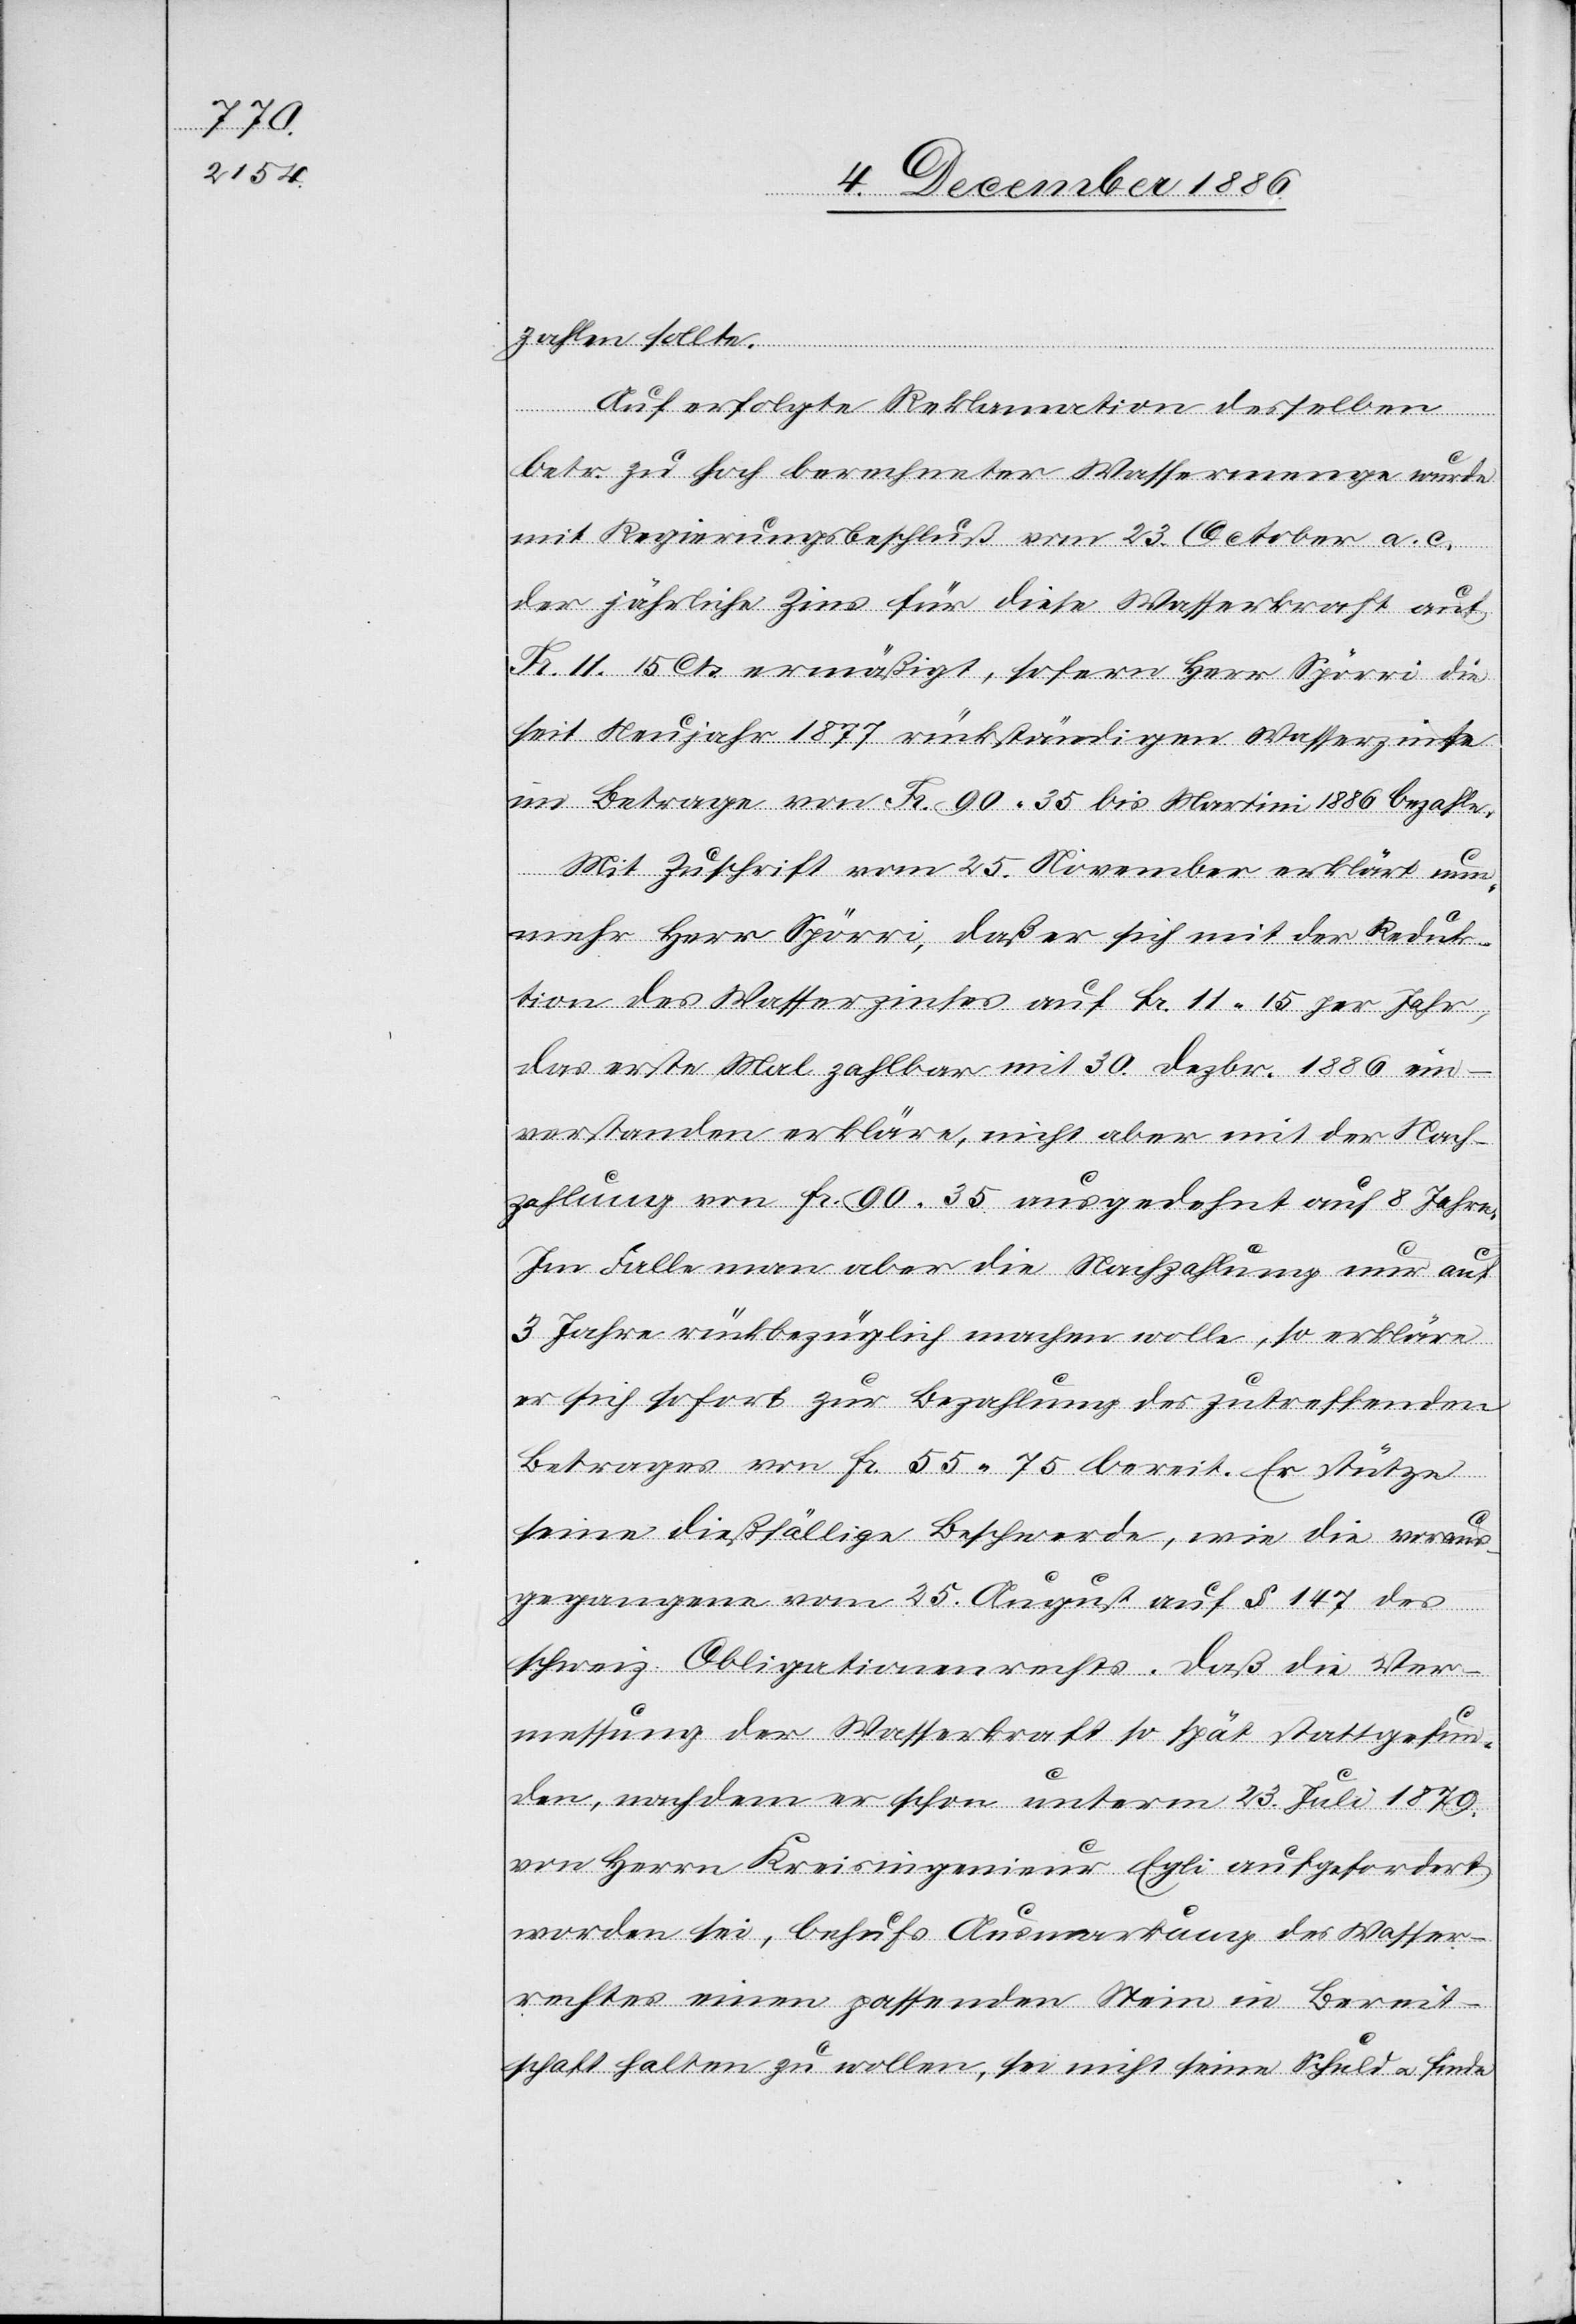
zahlen sollte.
Auf erfolgte Reklamation desselben
betr. zu hoch berechneter Wassermenge wurde
mit Regierungsbeschluß vom 23. October a. c.
der jährliche Zins für diese Wasserkraft auf
Fr. 11.15 Cts. ermäßigt, sofern Herr Spörri die
seit Neujahr 1877 rückständigen Wasserzinse
im Betrage von Fr. 90 35 bis Martini 1886 bezahle.
Mit Zuschrift vom 25. November erklärt nun¬
mehr Herr Spörri, daß er sich mit der Reduk¬
tion des Wasserzinses auf Fr. 11 15 per Jahr,
das erste Mal zahlbar mit 30. Dezbr. 1886 ein¬
verstanden erkläre, nicht aber mit der Nach¬
zahlung von Fr. 90 35 ausgedehnt auf 8 Jahre.
Im Falle man aber die Nachzahlung nur auf
3 Jahre rückbezüglich machen wolle, so erkläre
er sich sofort zur Bezahlung des zutreffenden
Betrages von Fr. 55 75 bereit. Er stütze
seine dießfällige Beschwerde, wie die voraus¬
gegangene vom 25. August auf § 147 des
schweiz. Obligationenrechts. Daß die Ver¬
messung der Wasserkraft so spät stattgefun¬
den, nachdem er schon unterm 23. Juli 1879
von Herrn Kreisingenieur Egli aufgefordert
worden sei, behufs Ausmarkung des Wasser¬
rechtes einen passenden Stein in Bereit¬
schaft halten zu wollen, sei nicht seine Schuld & finde